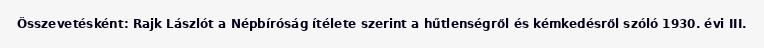
Összevetésként: Rajk Lászlót a Népbíróság ítélete szerint a hűtlenségről és kémkedésről szóló 1930. évi III.